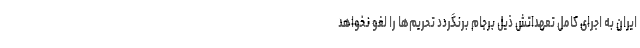
ایران به اجرای کامل تعهداتش ذیل برجام برنگردد تحریم‌ها را لغو نخواهد